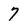
Character: 7